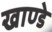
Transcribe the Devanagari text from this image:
खाण्डे